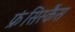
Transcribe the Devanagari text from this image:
फ्रंसिस्कैंस